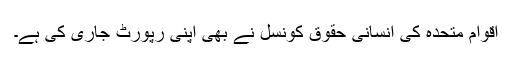
اقوام متحدہ کی انسانی حقوق کونسل نے بھی اپنی رپورٹ جاری کی ہے۔